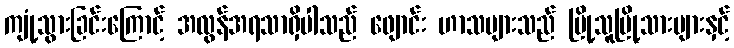
ကျုံ့သွားခြင်းကြောင့် အလွန်အရသာရှိပါသည် ဖျောင်း ဟာသများသည် မြို့သူမြို့သားများနှင့်